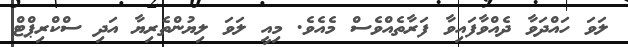
ލަވަ ހައްދަވާ ދެއްވާފައިވާ ފަރާތެއްވެސް މެއެވެ. މިއީ ލަވަ ލިޔުންތެރިޔާ އަދި ސްކްރިޕްޓް